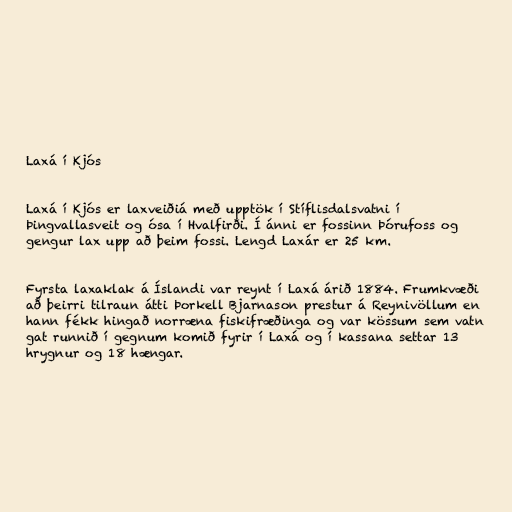
Laxá í Kjós

Laxá í Kjós er laxveiðiá með upptök í Stíflisdalsvatni í
Þingvallasveit og ósa í Hvalfirði. Í ánni er fossinn Þórufoss og
gengur lax upp að þeim fossi. Lengd Laxár er 25 km.

Fyrsta laxaklak á Íslandi var reynt í Laxá árið 1884. Frumkvæði
að þeirri tilraun átti Þorkell Bjarnason prestur á Reynivöllum en
hann fékk hingað norræna fiskifræðinga og var kössum sem vatn
gat runnið í gegnum komið fyrir í Laxá og í kassana settar 13
hrygnur og 18 hængar.